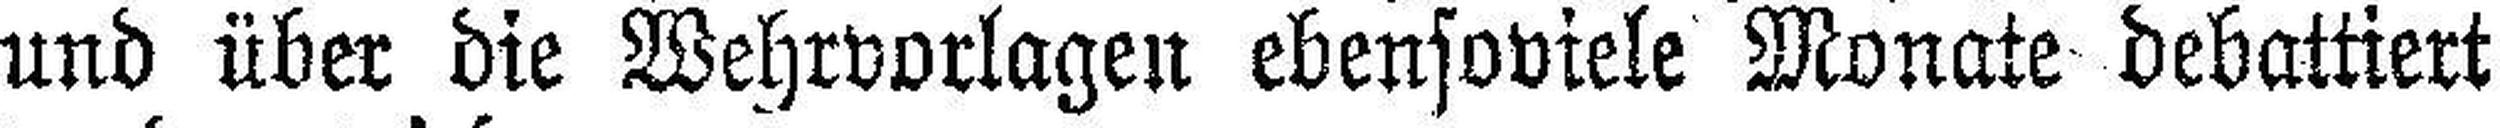
und über die Wehrvorlagen ebensoviele Monate debattiert